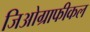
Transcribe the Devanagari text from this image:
जिओग्राफीकल